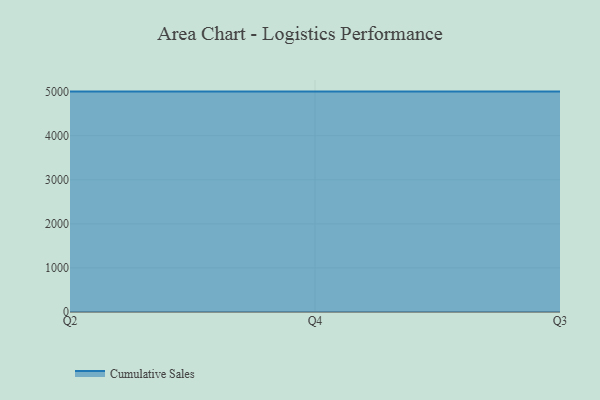
{"axis": {"x": "Quarter", "y": "Market Share (%)"}, "legend": ["Cumulative Sales"], "data": [{"x": "Q2", "y": 5000, "type": "Cumulative Sales"}, {"x": "Q4", "y": 5000, "type": "Cumulative Sales"}, {"x": "Q3", "y": 5000, "type": "Cumulative Sales"}]}